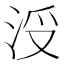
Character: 𣳭